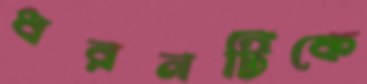
ধরনটিকে